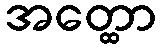
အတ္ထော